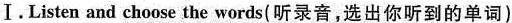
Ⅰ.Listen and choose the words(听录音，选出你听到的单词)